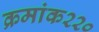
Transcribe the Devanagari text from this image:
क्रमांक२२०